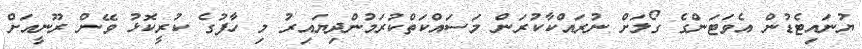
ޔުނައިޓެޑުން އެވަޓަންގެ ގޯލަށް ނުރައްކާކުރަން މަސައްކަތްކުރަމުންދިޔައިރު މި ހާފުގެ ކުރީކޮޅު ވޭން ރޫނީއަށް